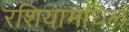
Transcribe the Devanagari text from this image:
रशियामधिल